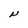
Character: N